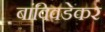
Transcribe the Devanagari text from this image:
बांविवडेकर